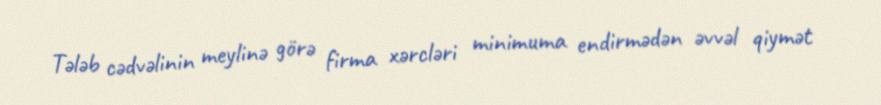
Tələb cədvəlinin meylinə görə firma xərcləri minimuma endirmədən əvvəl qiymət